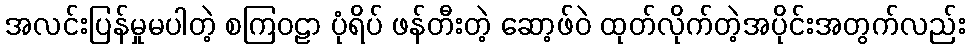
အလင်းပြန်မှုမပါတဲ့ စကြဝဠာ ပုံရိပ် ဖန်တီးတဲ့ ဆော့ဖ်ဝဲ ထုတ်လိုက်တဲ့အပိုင်းအတွက်လည်း